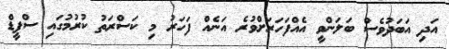
އަދި އަބަދުވެސް ބަލަންވީ އެއްފަހަރަށްވުރެ އަނެއް ފަހަރު މި ކަސްރަތު ކުރުމުގައި ސްޕީޑް